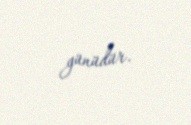
günüdür.